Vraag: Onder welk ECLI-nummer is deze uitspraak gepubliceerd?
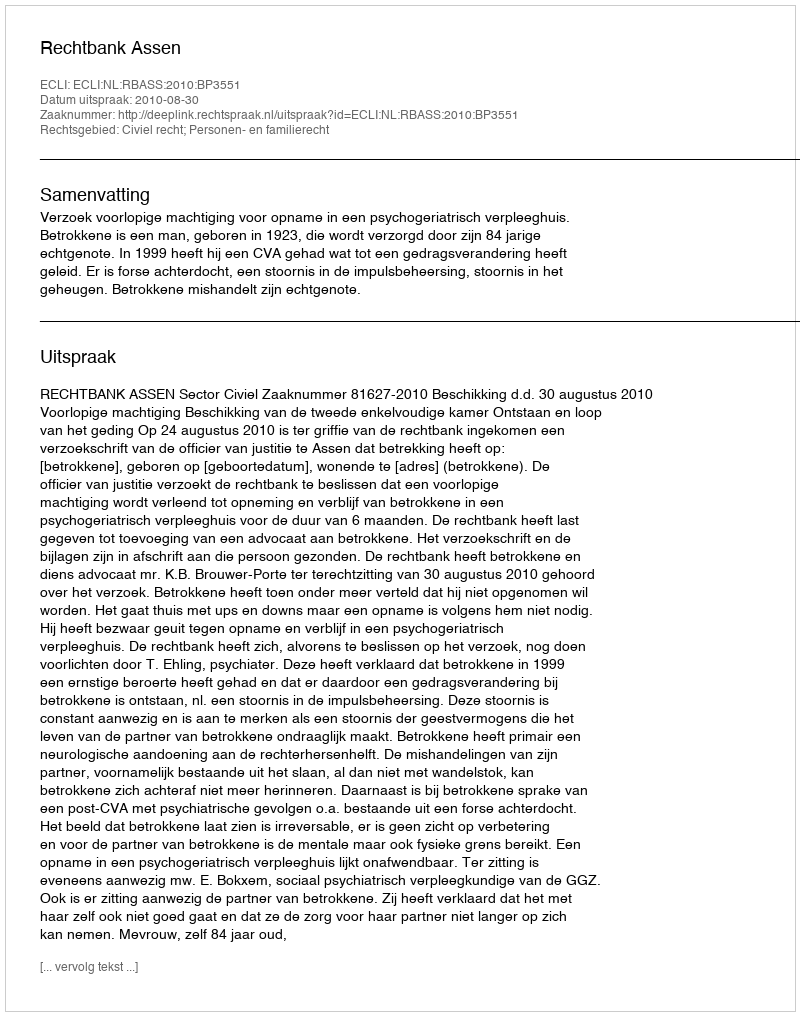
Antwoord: ECLI:NL:RBASS:2010:BP3551